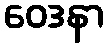
ဝေဒနာ